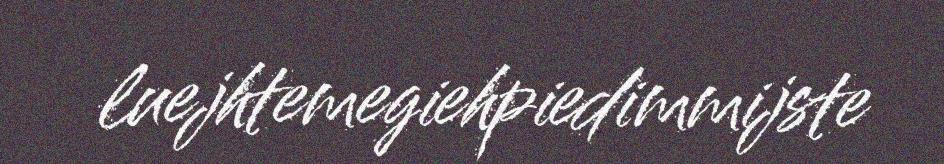
luejhtemegiehpiedimmijste